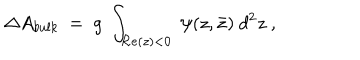
LaTeX: \Delta A _ { b u l k } ~ = ~ g ~ \int _ { { \cal R } e ( z ) < 0 } ~ \psi ( z , \bar { z } ) ~ d ^ { 2 } z \ ,